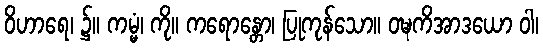
ဝိဟာရေ၊ ၌။ ကမ္မံ၊ ကို။ ကရောန္တော၊ ပြုကုန်သော။ ဝဍ္ဎကိအာဒယော ဝါ၊